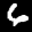
Label: 6